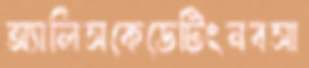
অ্যালিসকেডেটিংনবসা